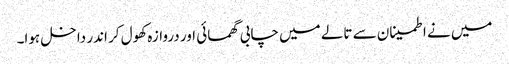
میں نے اطمینان سے تالے میں چابی گھمائی اور دروازہ کھول کر اندر داخل ہوا۔